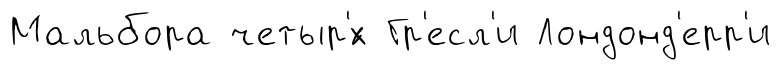
Мальбора четыр'́х Гр'есл'и Лондонд'ерр'и